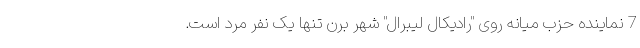
7 نماینده حزب میانه روی "رادیکال لیبرال" شهر برن تنها یک نفر مرد است.